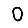
Digit: 0